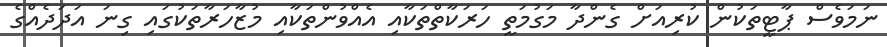
ނަމަވެސް ޕާޓީތަކުން ކުރިއަށް ގެންދާ މަގުމަތީ ހަރަކާތްތަކާއި އެއްވުންތަކާއި މުޒާހަރާތަކުގައި ގިނަ އަދަދެއްގެ